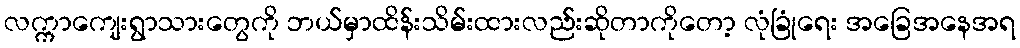
လက္ကာကျေးရွာသားတွေကို ဘယ်မှာထိန်းသိမ်းထားလည်းဆိုတာကိုတော့ လုံခြုံရေး အခြေအနေအရ